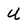
Character: U